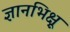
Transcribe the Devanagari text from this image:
ज्ञानभिक्षू